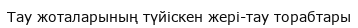
Тау жоталарының түйіскен жері-тау торабтары